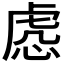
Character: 𧆹